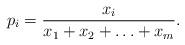
LaTeX: \begin{align*}p_i=\frac{x_i}{x_1+x_2+\ldots+x_m}.\end{align*}